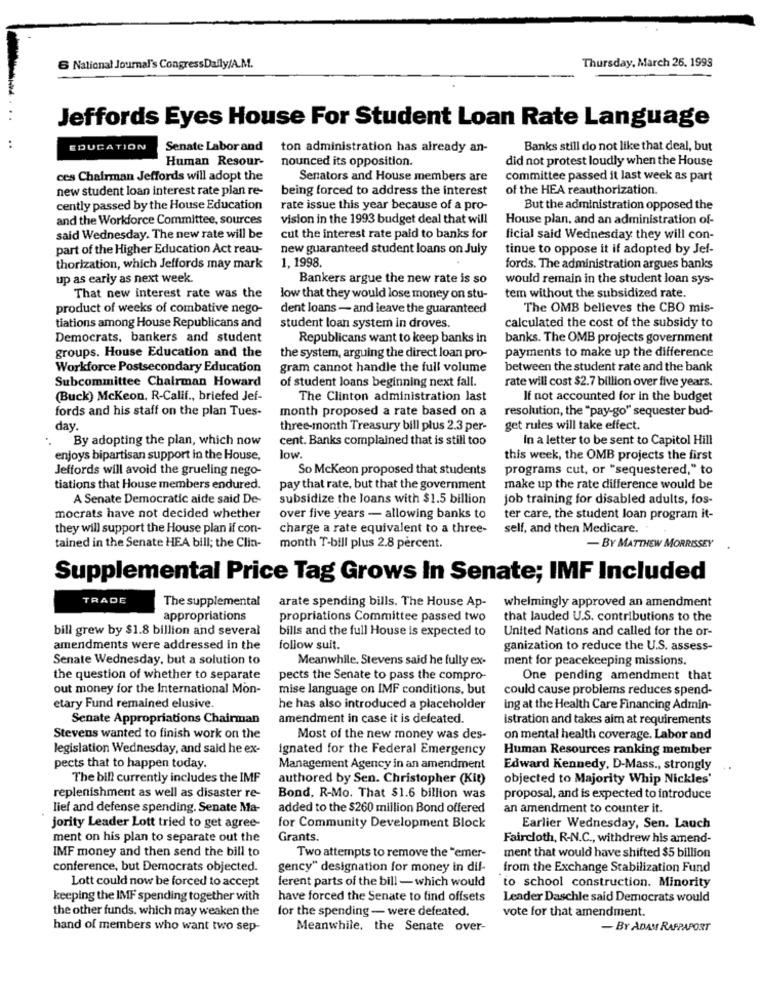
Thursday, March 26. 1999
6 National Journal's CongressDally/A.M.
Jeffords Eyes House For Student Loan Rate Language
EDUCATION
Senate Labor and
ton administration has already an-
Banks still do not like that deal, but
Human Resour-
nounced its opposition.
did not protest loudly when the House
ces Chairman Jeffords will adopt the
Senators and House members are
committee passed it last week as part
new student loan interest rate plan re-
being forced to address the interest
of the HEA reauthorization.
cently passed by the House Education
rate issue this year because of a pro-
But the administration opposed the
and the Workforce Committee, sources
vision in the 1993 budget deal that will
House plan, and an administration of-
said Wednesday. The new rate will be
cut the interest rate paid to banks for
ficial said Wednesday they will con-
part of the Higher Education Act reau-
new guaranteed student loans on July
tinue to oppose it if adopted by Jef-
thorization, which Jeffords may mark
1, 1998.
fords. The administration argues banks
up as early as next week.
Bankers argue the new rate is so
would remain in the student loan sys-
That new interest rate was the
low that they would lose money on stu-
tem without the subsidized rate.
product of weeks of combative nego-
dent loans - and leave the guaranteed
The OMB believes the CBO mis-
tiations among House Republicans and
student loan system in droves.
calculated the cost of the subsidy to
Democrats, bankers and student
Republicans want to keep banks in
banks. The OMB projects government
payments to make up the difference
groups. House Education and the
the system, arguing the direct loan pro-
Workforce Postsecondary Education
gram cannot handle the full volume
between the student rate and the bank
Subcommittee Chairman Howard
rate will cost $2.7 billion over five years.
of student loans beginning next fall.
(Buck) Mckeon, R-Calif ., briefed Jef-
The Clinton administration last
If not accounted for in the budget
fords and his staff on the plan Tues-
month proposed a rate based on a
resolution, the "pay-go" sequester bud-
day
three-month Treasury bill plus 2.3 per-
get rules will take effect.
By adopting the plan, which now
cent. Banks complained that is still too
In a letter to be sent to Capitol Hill
enjoys bipartisan support in the House,
low
this week, the OMB projects the first
Jeffords will avoid the grueling nego-
So Mckeon proposed that students
programs cut, or "sequestered," to
tiations that House members endured.
pay that rate, but that the government
make up the rate difference would be
A Senate Democratic aide said De-
subsidize the loans with $1.5 billion
job training for disabled adults, fos-
mocrats have not decided whether
over five years - allowing banks to
ter care, the student loan program it-
they will support the House plan if con-
charge a rate equivalent to a three-
self, and then Medicare.
tained in the Senate HEA bill; the Clin-
month T-bill plus 2.8 percent.
- BY MATTHEW MORRISSEY
Supplemental Price Tag Grows In Senate; IMF Included
TRADE
The supplemental
arate spending bills. The House Ap-
whelmingly approved an amendment
appropriations
propriations Committee passed two
that lauded U.S. contributions to the
bill grew by $1.8 billion and several
bills and the full House is expected to
United Nations and called for the or-
amendments were addressed in the
follow suit.
ganization to reduce the U.S. assess-
Senate Wednesday, but a solution to
Meanwhile. Stevens said he fully ex-
ment for peacekeeping missions.
the question of whether to separate
pects the Senate to pass the compro-
One pending amendment that
out money for the International Mon-
mise language on IMF conditions, but
could cause problems reduces spend-
etary Fund remained elusive.
he has also introduced a placeholder
ing at the Health Care Financing Admin-
Senate Appropriations Chairman
amendment in case it is defeated.
Istration and takes aim at requirements
Stevens wanted to finish work on the
Most of the new money was des-
on mental health coverage. Labor and
legislation Wednesday, and said he ex-
ignated for the Federal Emergency
Human Resources ranking member
pects that to happen today.
Management Agency in an amendment
Edward Kennedy, D-Mass ., strongly
The bill currently includes the IMF
authored by Sen. Christopher (Kit)
objected to Majority Whip Nickles'
replenishment as well as disaster re-
Bond, R-Mo. That $1.6 billion was
proposal, and is expected to introduce
lief and defense spending. Senate Ma-
added to the $260 million Bond offered
an amendment to counter it.
jority Leader Lott tried to get agree-
for Community Development Block
Earlier Wednesday, Sen. Lauch
ment on his plan to separate out the
Grants.
Faircloth, R-N.C ., withdrew his amend-
IMF money and then send the bill to
ment that would have shifted $5 billion
Two attempts to remove the "emer-
conference, but Democrats objected.
gency" designation for money in dil-
from the Exchange Stabilization Fund
ferent parts of the bill - which would
Lott could now be forced to accept
to school construction. Minority
keeping the IMF spending together with
have forced the Senate to find offsets
Leader Daschle said Democrats would
the other funds, which may weaken the
for the spending - were defeated.
vote for that amendment
hand of members who want two sep-
Meanwhile, the Senate over-
- BY ADAM RAPPAPORT